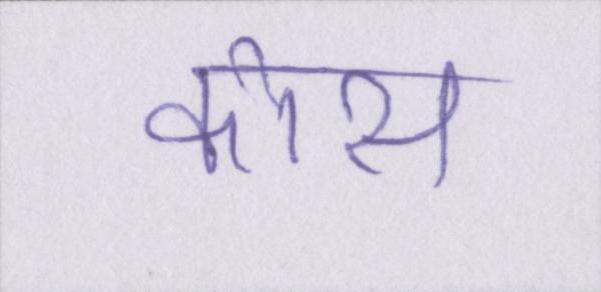
कोस